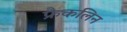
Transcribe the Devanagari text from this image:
फ्रैकलिन